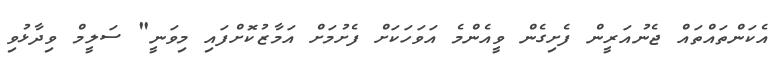
އެކަންތައްތައް ޖެނުއަރީން ފެށިގެން ވީއެންމެ އަވަހަކަށް ފެށުމަށް އަމާޒުކޮށްފައި މިވަނީ" ސަލީމް ވިދާޅުވި